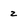
Character: z